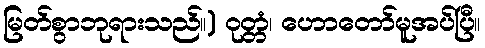
မြတ်စွာဘုရားသည်။) ဝုတ္တံ၊ ဟောတော်မူအပ်ပြီ။